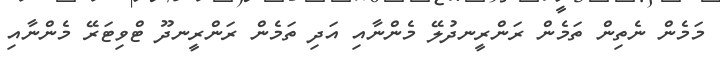
މަމެން ނެތިން ތަމެން ރަންރީނދުލޭ މެންނާއި އަދި ތަމެން ރަންރީނދޫ ޓްވިޓަރޭ މެންނާއި